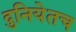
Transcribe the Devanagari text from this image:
दुनियेतच